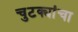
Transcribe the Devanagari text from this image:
चुटक्यांचा